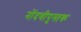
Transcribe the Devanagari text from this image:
नोंदणीपुस्तक